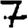
Digit: 7